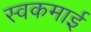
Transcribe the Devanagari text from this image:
स्वकमाई